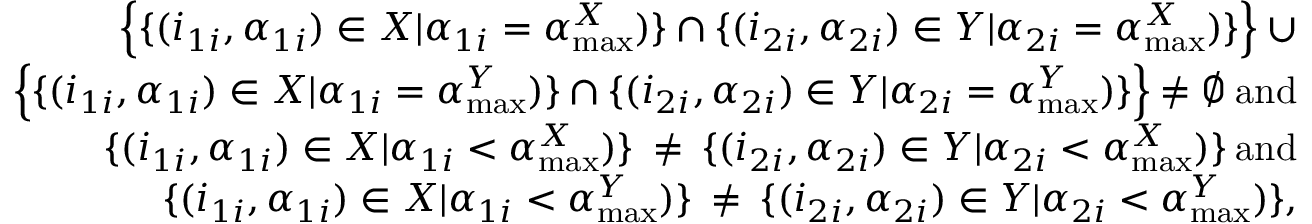
\begin{array} { r } { \Bigl \{ \{ ( i _ { 1 i } , \alpha _ { 1 i } ) \in X | \alpha _ { 1 i } = \alpha _ { \operatorname* { m a x } } ^ { X } ) \} \cap \{ ( i _ { 2 i } , \alpha _ { 2 i } ) \in Y | \alpha _ { 2 i } = \alpha _ { \operatorname* { m a x } } ^ { X } ) \} \Bigl \} \: \cup } \\ { \Bigl \{ \{ ( i _ { 1 i } , \alpha _ { 1 i } ) \in X | \alpha _ { 1 i } = \alpha _ { \operatorname* { m a x } } ^ { Y } ) \} \cap \{ ( i _ { 2 i } , \alpha _ { 2 i } ) \in Y | \alpha _ { 2 i } = \alpha _ { \operatorname* { m a x } } ^ { Y } ) \} \Bigl \} \: \neq \emptyset \: \mathrm { a n d } } \\ { \{ ( i _ { 1 i } , \alpha _ { 1 i } ) \in X | \alpha _ { 1 i } < \alpha _ { \operatorname* { m a x } } ^ { X } ) \} \: \neq \: \{ ( i _ { 2 i } , \alpha _ { 2 i } ) \in Y | \alpha _ { 2 i } < \alpha _ { \operatorname* { m a x } } ^ { X } ) \} \: \mathrm { a n d } } \\ { \{ ( i _ { 1 i } , \alpha _ { 1 i } ) \in X | \alpha _ { 1 i } < \alpha _ { \operatorname* { m a x } } ^ { Y } ) \} \: \neq \: \{ ( i _ { 2 i } , \alpha _ { 2 i } ) \in Y | \alpha _ { 2 i } < \alpha _ { \operatorname* { m a x } } ^ { Y } ) \} , } \end{array}